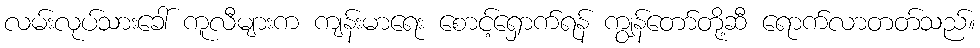
လမ်းလုပ်သားခေါ် ကူလီများက ကျန်းမာရေး စောင့်ရှောက်ရန် ကျွန်တော်တို့ဆီ ရောက်လာတတ်သည်။